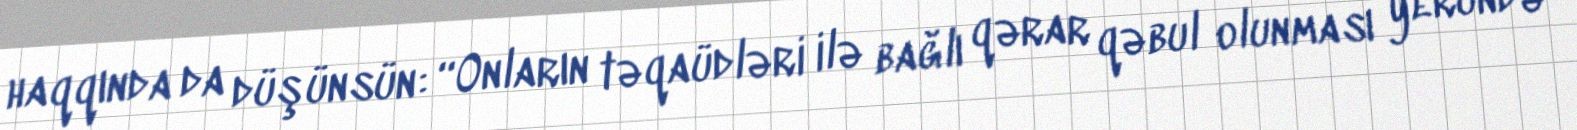
haqqında da düşünsün: “Onların təqaüdləri ilə bağlı qərar qəbul olunması yerundə